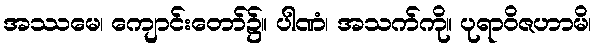
အဿမေ၊ ကျောင်းတော်၌။ ပါဏံ၊ အသက်ကို။ ပုရာဝိဇဟာမိ၊